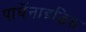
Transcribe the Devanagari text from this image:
पार्थेनाइडिस